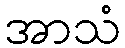
အာသံ